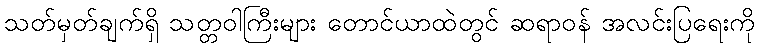
သတ်မှတ်ချက်ရှိ သတ္တဝါကြီးများ တောင်ယာထဲတွင် ဆရာဝန် အလင်းပြရေးကို